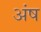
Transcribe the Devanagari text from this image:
अंष